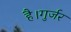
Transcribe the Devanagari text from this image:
है।गुर्जर